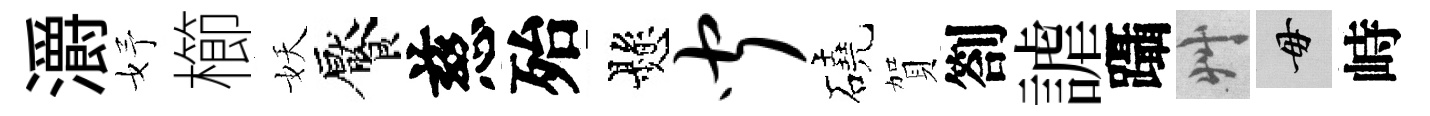
灂妤櫛妖饜慈殆懸闻磽賀劄謔躡艸毋峙